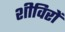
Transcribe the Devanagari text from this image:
शीविरों